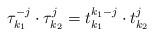
LaTeX: \begin{align*}\tau_{k_{1}}^{-j} \cdot \tau_{k_{2}}^{j} = t_{k_{1}}^{k_{1}-j} \cdot t_{k_{2}}^{j}\end{align*}